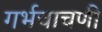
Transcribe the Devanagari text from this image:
गर्भचाचणी